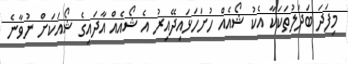
މިފަދަ ބަދަލުތަކަކާ އެކު ޝޯއެއް ހުށަހަޅައިދޭއިރު އެ ޝޯއެއް އާދައިގެ ޝޯއަކަށް ނުވާނެ